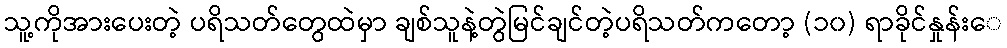
သူ့ကိုအားပေးတဲ့ ပရိသတ်တွေထဲမှာ ချစ်သူနဲ့တွဲမြင်ချင်တဲ့ပရိသတ်ကတော့ (၁၀) ရာခိုင်နှုန်းေ